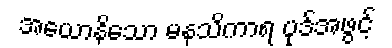
အယောနိသော မနသိကာရ ပုဒ်အဖွင့်